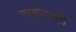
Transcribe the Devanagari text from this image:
ठाकुराशी